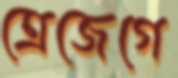
ত্রেজেগে